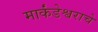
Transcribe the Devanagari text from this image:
मार्कंडेश्वराचे